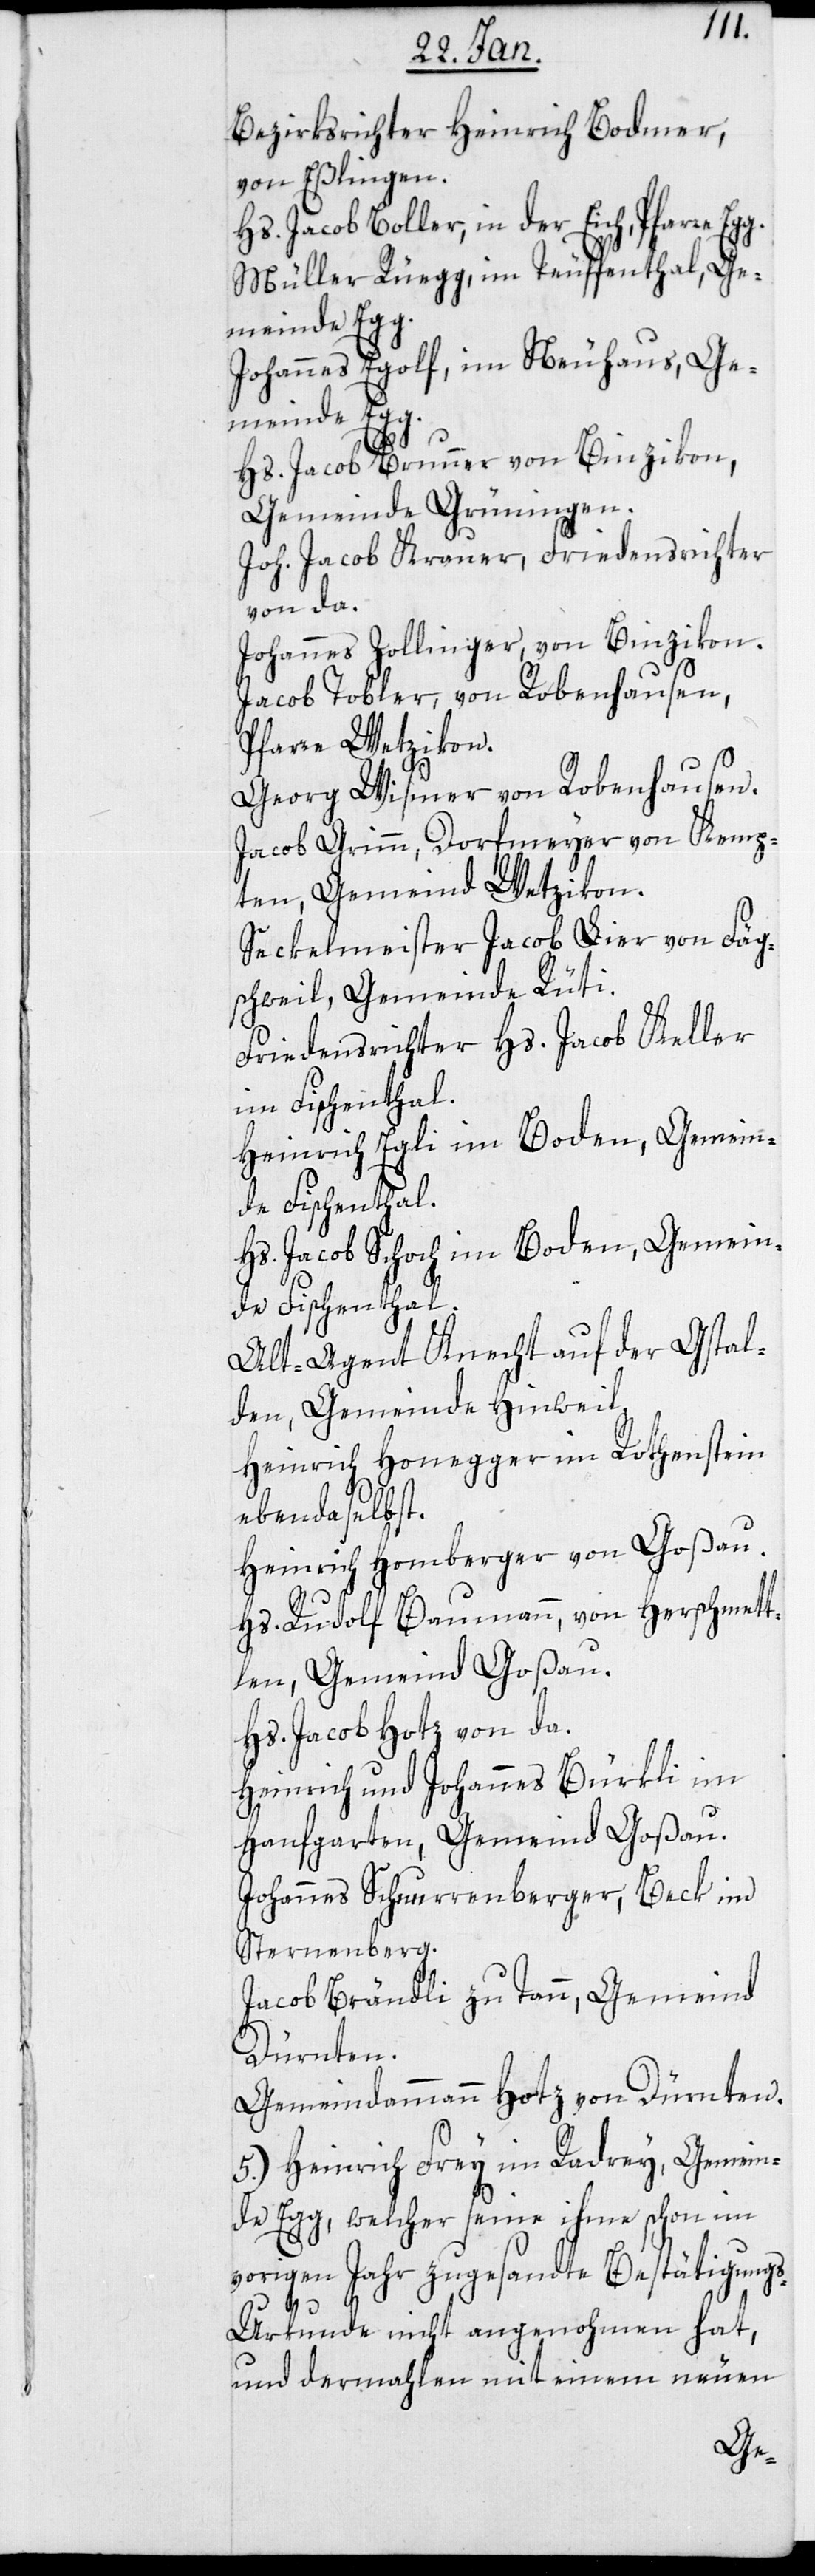
Bezirksrichter Heinrich Bodmer,
von Eßlingen.
Hs. Jacob Boller, in der Eich, Pfarre
Müller Rüegg, im Teuffenthal, Ge¬
meinde Egg.
Johannes Egolf, im Neuhaus, Ge¬
meinde Egg.
Hs. Jacob Brunner, von Binzikon,
Gemeinde Grüningen.
Joh. Jacob Krauer, Friedensrichter
von da.
Johannes Zollinger, von Binzikon.
Jacob Tobler, von Robenhausen,
Pfarre Wetzikon.
Georg Wismer, von Robenhausen.
Jacob Grimm, Dorfmeyer von Kemp¬
ten, Gemeind Wetzikon.
Seckelmeister Jacob Lier, von Fäg¬
schweil, Gemeinde Rüti.
Friedensrichter Hs. Jacob Keller
im Fischenthal.
Heinrich Egli im Boden, Gemein¬
de Fischenthal.
Hs. Jacob Schoch im Boden, Gemein¬
de Fischenthal.
Alt-Agent Knecht, auf der Gstal¬
den, Gemeinde Hinweil.
Heinrich Honegger im Rothenstein,
ebendaselbst.
Heinrich Homberger von Goßau.
Hs. Rudolf Baumann, von Herschmett¬
len, Gemeind Goßau.
Hs. Jacob Hotz, von da.
Heinrich und Johannes Bürkli im
Hanfgarten, Gemeid Goßau.
Johannes Schnurrenberger, Beck im
Sternenberg.
Jacob Brändli zu Tann, Gemeind
Dürnten.
Gemeindammann Hotz von Dürnten.
5.) Heinrich Frey, im Radrey, Gemein¬
de Egg, welcher seine ihme schon im
vorigen Jahr zugesandte Bestätigung¬
s-Urkunde nicht angenommen hat,
und dermahlen mit einem neuen